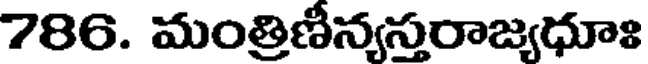
786. మంత్రిణీన్యస్తరాజ్యధూః